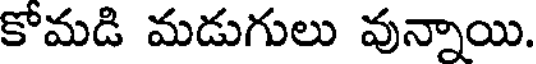
కోమడి మడుగులు వున్నాయి.